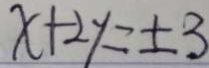
x + 2 y = \pm 3